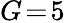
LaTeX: G\! =\! 5